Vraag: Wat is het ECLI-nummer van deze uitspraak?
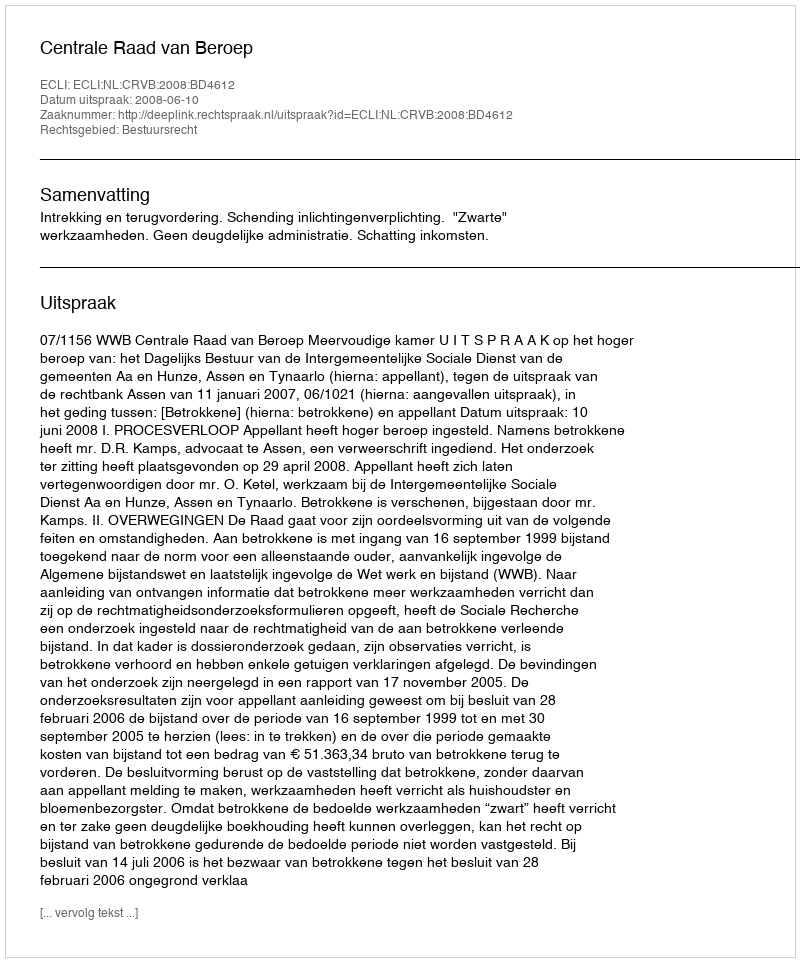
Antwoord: ECLI:NL:CRVB:2008:BD4612